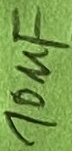
Text: 10µF